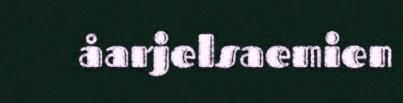
åarjelsaemien